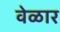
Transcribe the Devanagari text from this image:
वेळार